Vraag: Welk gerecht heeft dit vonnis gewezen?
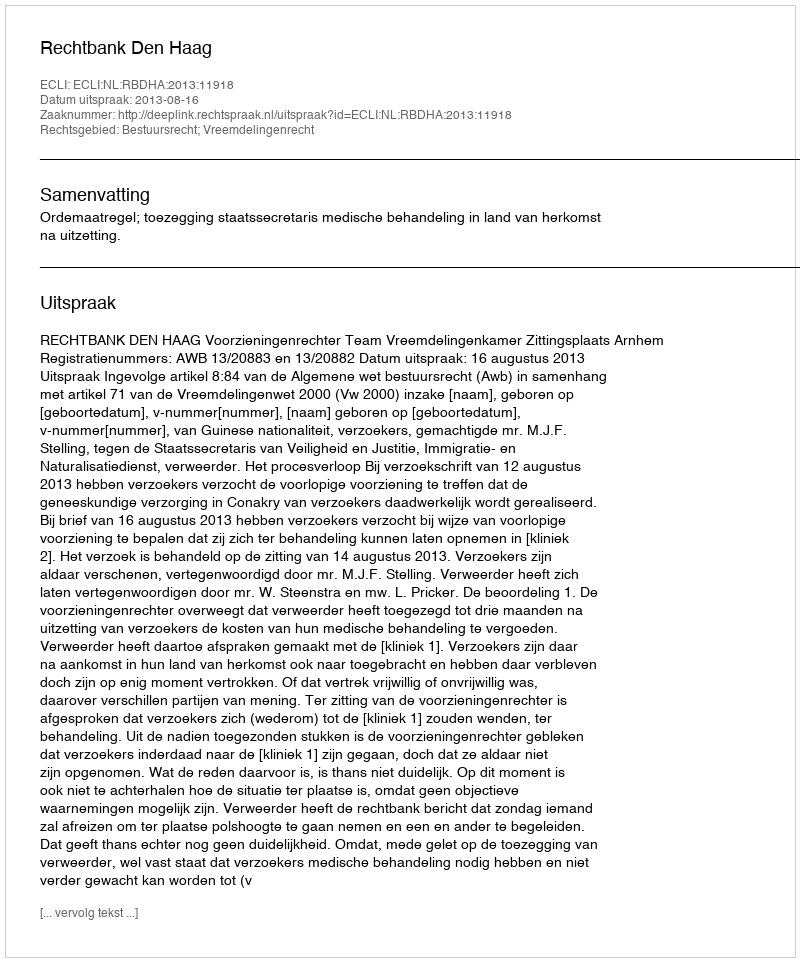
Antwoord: Rechtbank Den Haag